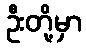
ဦးတို့မှာ